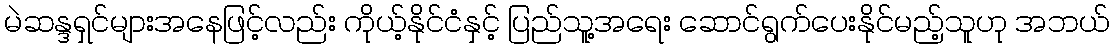
မဲဆန္ဒရှင်များအနေဖြင့်လည်း ကိုယ့်နိုင်ငံနှင့် ပြည်သူ့အရေး ဆောင်ရွက်ပေးနိုင်မည့်သူဟု အဘယ်